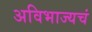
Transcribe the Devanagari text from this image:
अविभाज्यचं